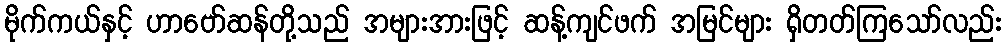
မိုက်ကယ်နှင့် ဟာဗော်ဆန်တို့သည် အများအားဖြင့် ဆန့်ကျင်ဖက် အမြင်များ ရှိတတ်ကြသော်လည်း